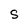
Character: S